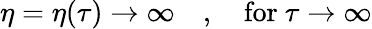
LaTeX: \eta=\eta(\tau)\to\infty\quad,\quad\mathrm{for}~\tau\to\infty